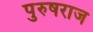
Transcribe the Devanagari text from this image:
पुरुषराज